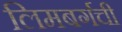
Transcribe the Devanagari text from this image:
लिमबर्गची